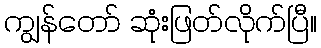
ကျွန်တော် ဆုံးဖြတ်လိုက်ပြီ။